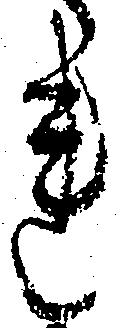
れ